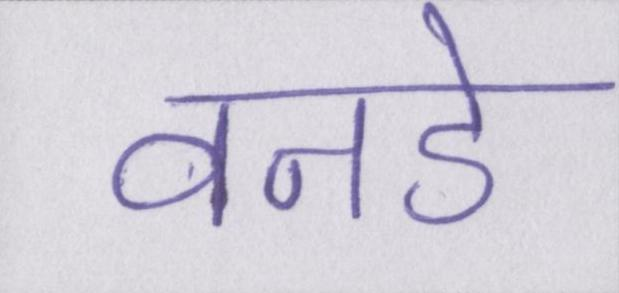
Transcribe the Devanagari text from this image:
वनडे